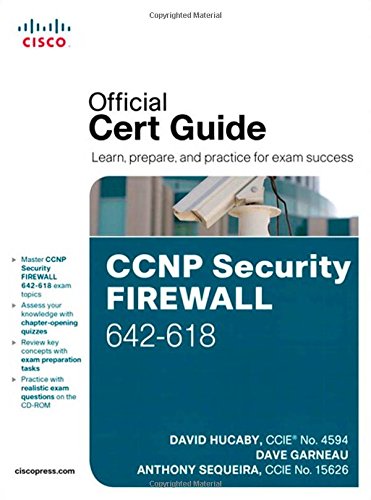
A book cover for CCNP Security FIREWALL 642-618 Official Cert Guide; David Hucaby; Computers & Technology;